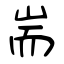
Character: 耑